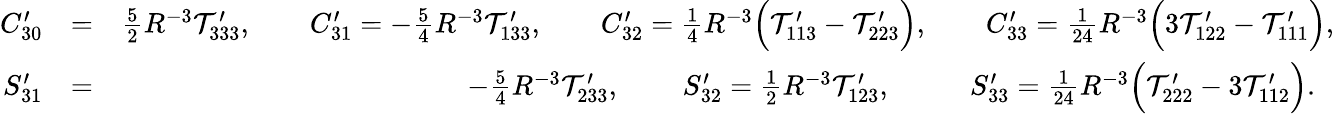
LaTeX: \begin{array}{rlr}{C_{30}^{\prime}}&{=}&{{\textstyle\frac{5}{2}}R^{-3}{\cal T}_{333}^{\prime},\qquad C_{31}^{\prime}=-{\textstyle\frac{5}{4}}R^{-3}{\cal T}_{133}^{\prime},\qquad C_{32}^{\prime}={\textstyle\frac{1}{4}}R^{-3}\Big({\cal T}_{113}^{\prime}-{\cal T}_{223}^{\prime}\Big),\qquad C_{33}^{\prime}={\textstyle\frac{1}{24}}R^{-3}\Big(3{\cal T}_{122}^{\prime}-{\cal T}_{111}^{\prime}\Big),}\\ {S_{31}^{\prime}}&{=}&{-{\textstyle\frac{5}{4}}R^{-3}{\cal T}_{233}^{\prime},\qquad\, S_{32}^{\prime}={\textstyle\frac{1}{2}}R^{-3}{\cal T}_{123}^{\prime},\qquad~~~S_{33}^{\prime}={\textstyle\frac{1}{24}}R^{-3}\Big({\cal T}_{222}^{\prime}-3{\cal T}_{112}^{\prime}\Big).~~}\end{array}